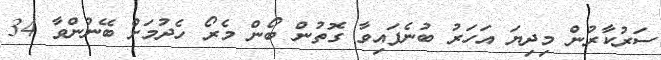
ސަރުކާރުން މިދިޔަ އަހަރު ބުނެފައިވާ ގޮތުން ބޯން މެރޯ ހެދުމަށް ބޭނުންވާ 34